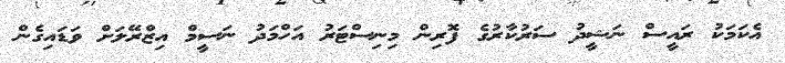
އެކަމަކު ރައީސް ނަޝީދު ސަރުކާރުގެ ފޮރިން މިނިސްޓަރު އަހްމަދު ނަސީމް އިޒްރޭލަށް ވަޑައިގެން